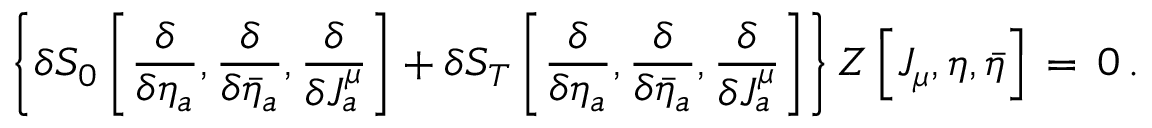
\left\{ \delta S _ { 0 } \left[ { \frac { \delta } { \delta \eta _ { a } } } , { \frac { \delta } { \delta \bar { \eta } _ { a } } } , { \frac { \delta } { \delta J _ { a } ^ { \mu } } } \right] + \delta S _ { T } \left[ { \frac { \delta } { \delta \eta _ { a } } } , { \frac { \delta } { \delta \bar { \eta } _ { a } } } , { \frac { \delta } { \delta J _ { a } ^ { \mu } } } \right] \right\} Z \left[ J _ { \mu } , \eta , \bar { \eta } \right] \, = \, 0 \, .